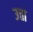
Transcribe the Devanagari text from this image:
उत्ता